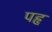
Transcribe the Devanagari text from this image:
पहृ